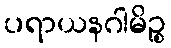
ပရာယနဂါမိဉ္စ